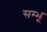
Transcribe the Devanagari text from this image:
सम्भू